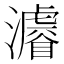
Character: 𤃒